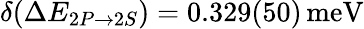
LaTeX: \delta(\Delta E_{2P\rightarrow 2S})=0.329(50)\, {\textrm{meV}}